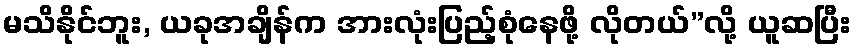
မသိနိုင်ဘူး, ယခုအချိန်က အားလုံးပြည့်စုံနေဖို့ လိုတယ်”လို့ ယူဆပြီး